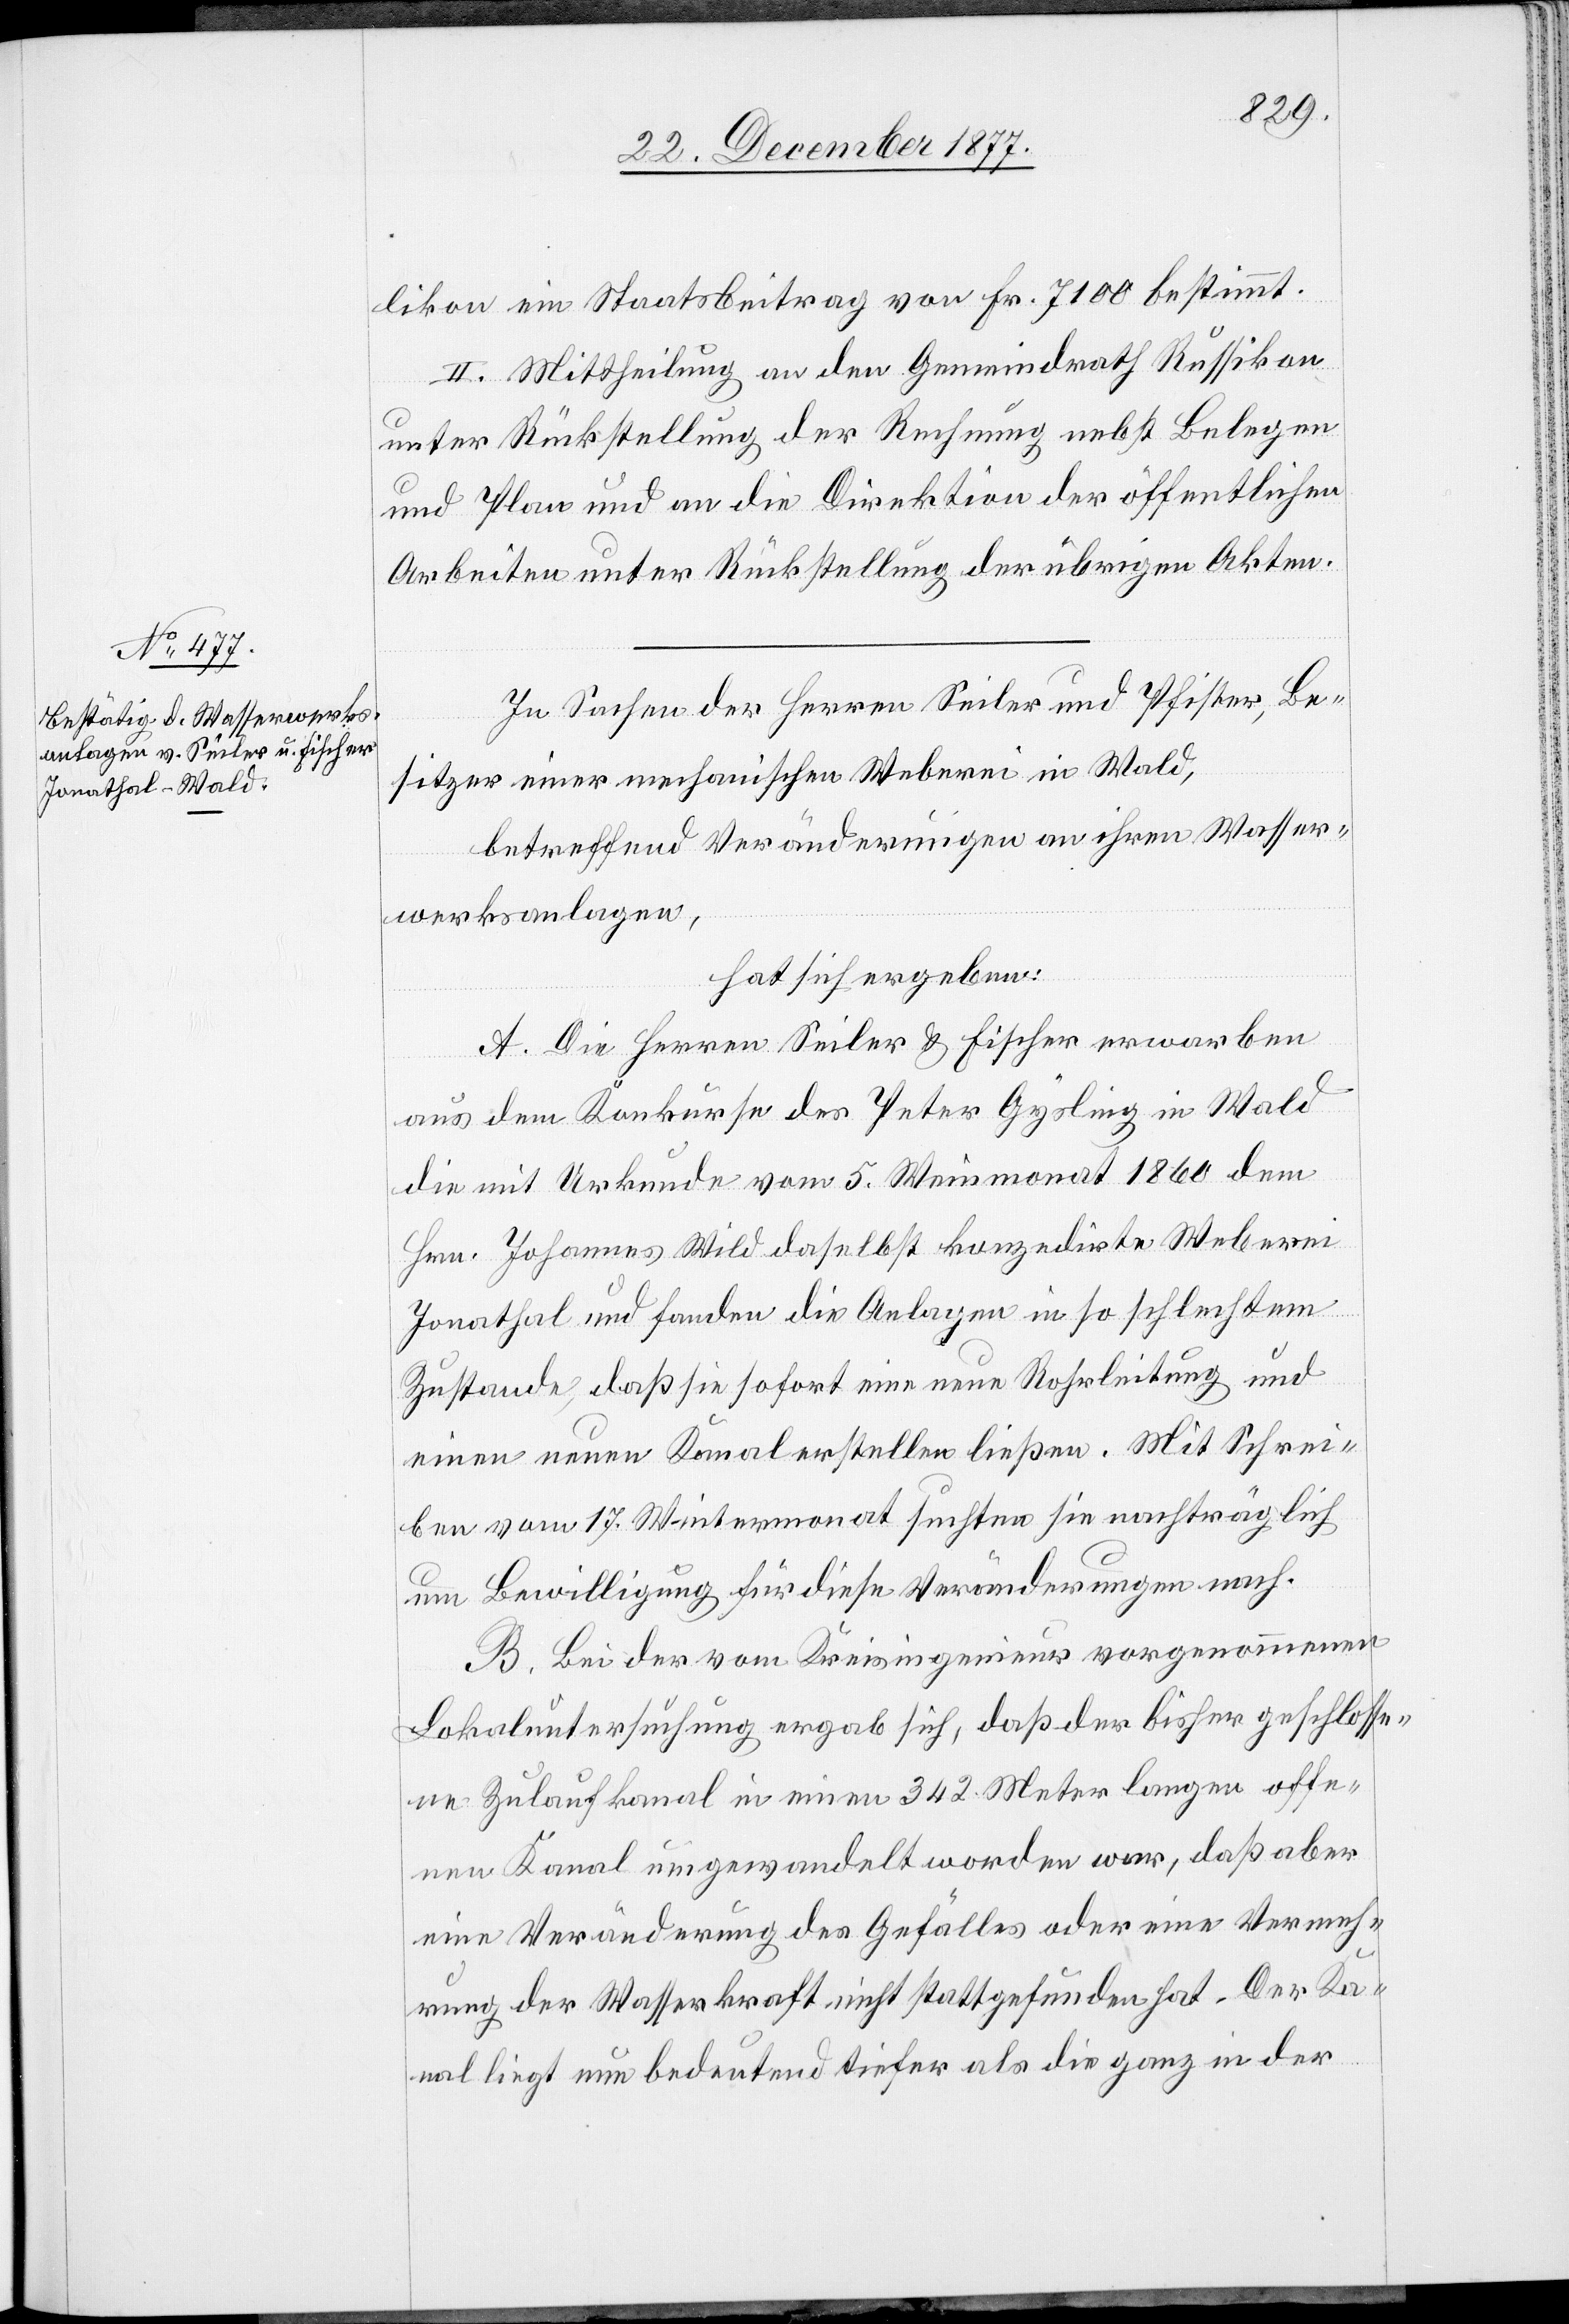
likon ein Staatsbeitrag von Fr. 7100 bestimmt.
II. Mittheilung an den Gemeindrath Russikon
unter Rückstellung der Rechnung nebst Belegen
und Plan und an die Direktion der öffentlichen
Arbeiten unter Rückstellung der übrigen Akten.
In Sachen der Herren Seiler und Pfister
Besitzer einer mechanischen Weberei in Wald,
betreffend Veränderungen an ihren Wasser¬
werksanlagen,
hat sich ergeben:
A. Die Herren Seiler & Fischer erwarben
aus dem Konkurse des Peter Gysling in Wald
die mit Urkunde vom 5. Weinmonat 1860 dem
Hrn. Johannes Wild daselbst konzedirte Weberei
Jonathal und fanden die Anlagen in so schlechtem
Zustande, daß sie sofort eine neue Rohrleitung und
einen neuen Kanal erstellen ließen. Mit Schrei¬
ben vom 17. Wintermonat suchten sie nachträglich
um Bewilligung für diese Veränderungen nach.
B. Bei der vom Kreisingenieur vorgenommenen
Lokaluntersuchung ergab sich, daß der bisher geschlosse¬
ne Zulaufkanal in einen 342 Meter langen offe¬
nen Kanal umgewandelt worden war, daß aber
eine Veränderung des Gefälles oder eine Vermeh¬
rung der Wasserkraft nicht stattgefunden hat. Der Ka¬
nal liegt nun bedeutend tiefer als die ganz in der